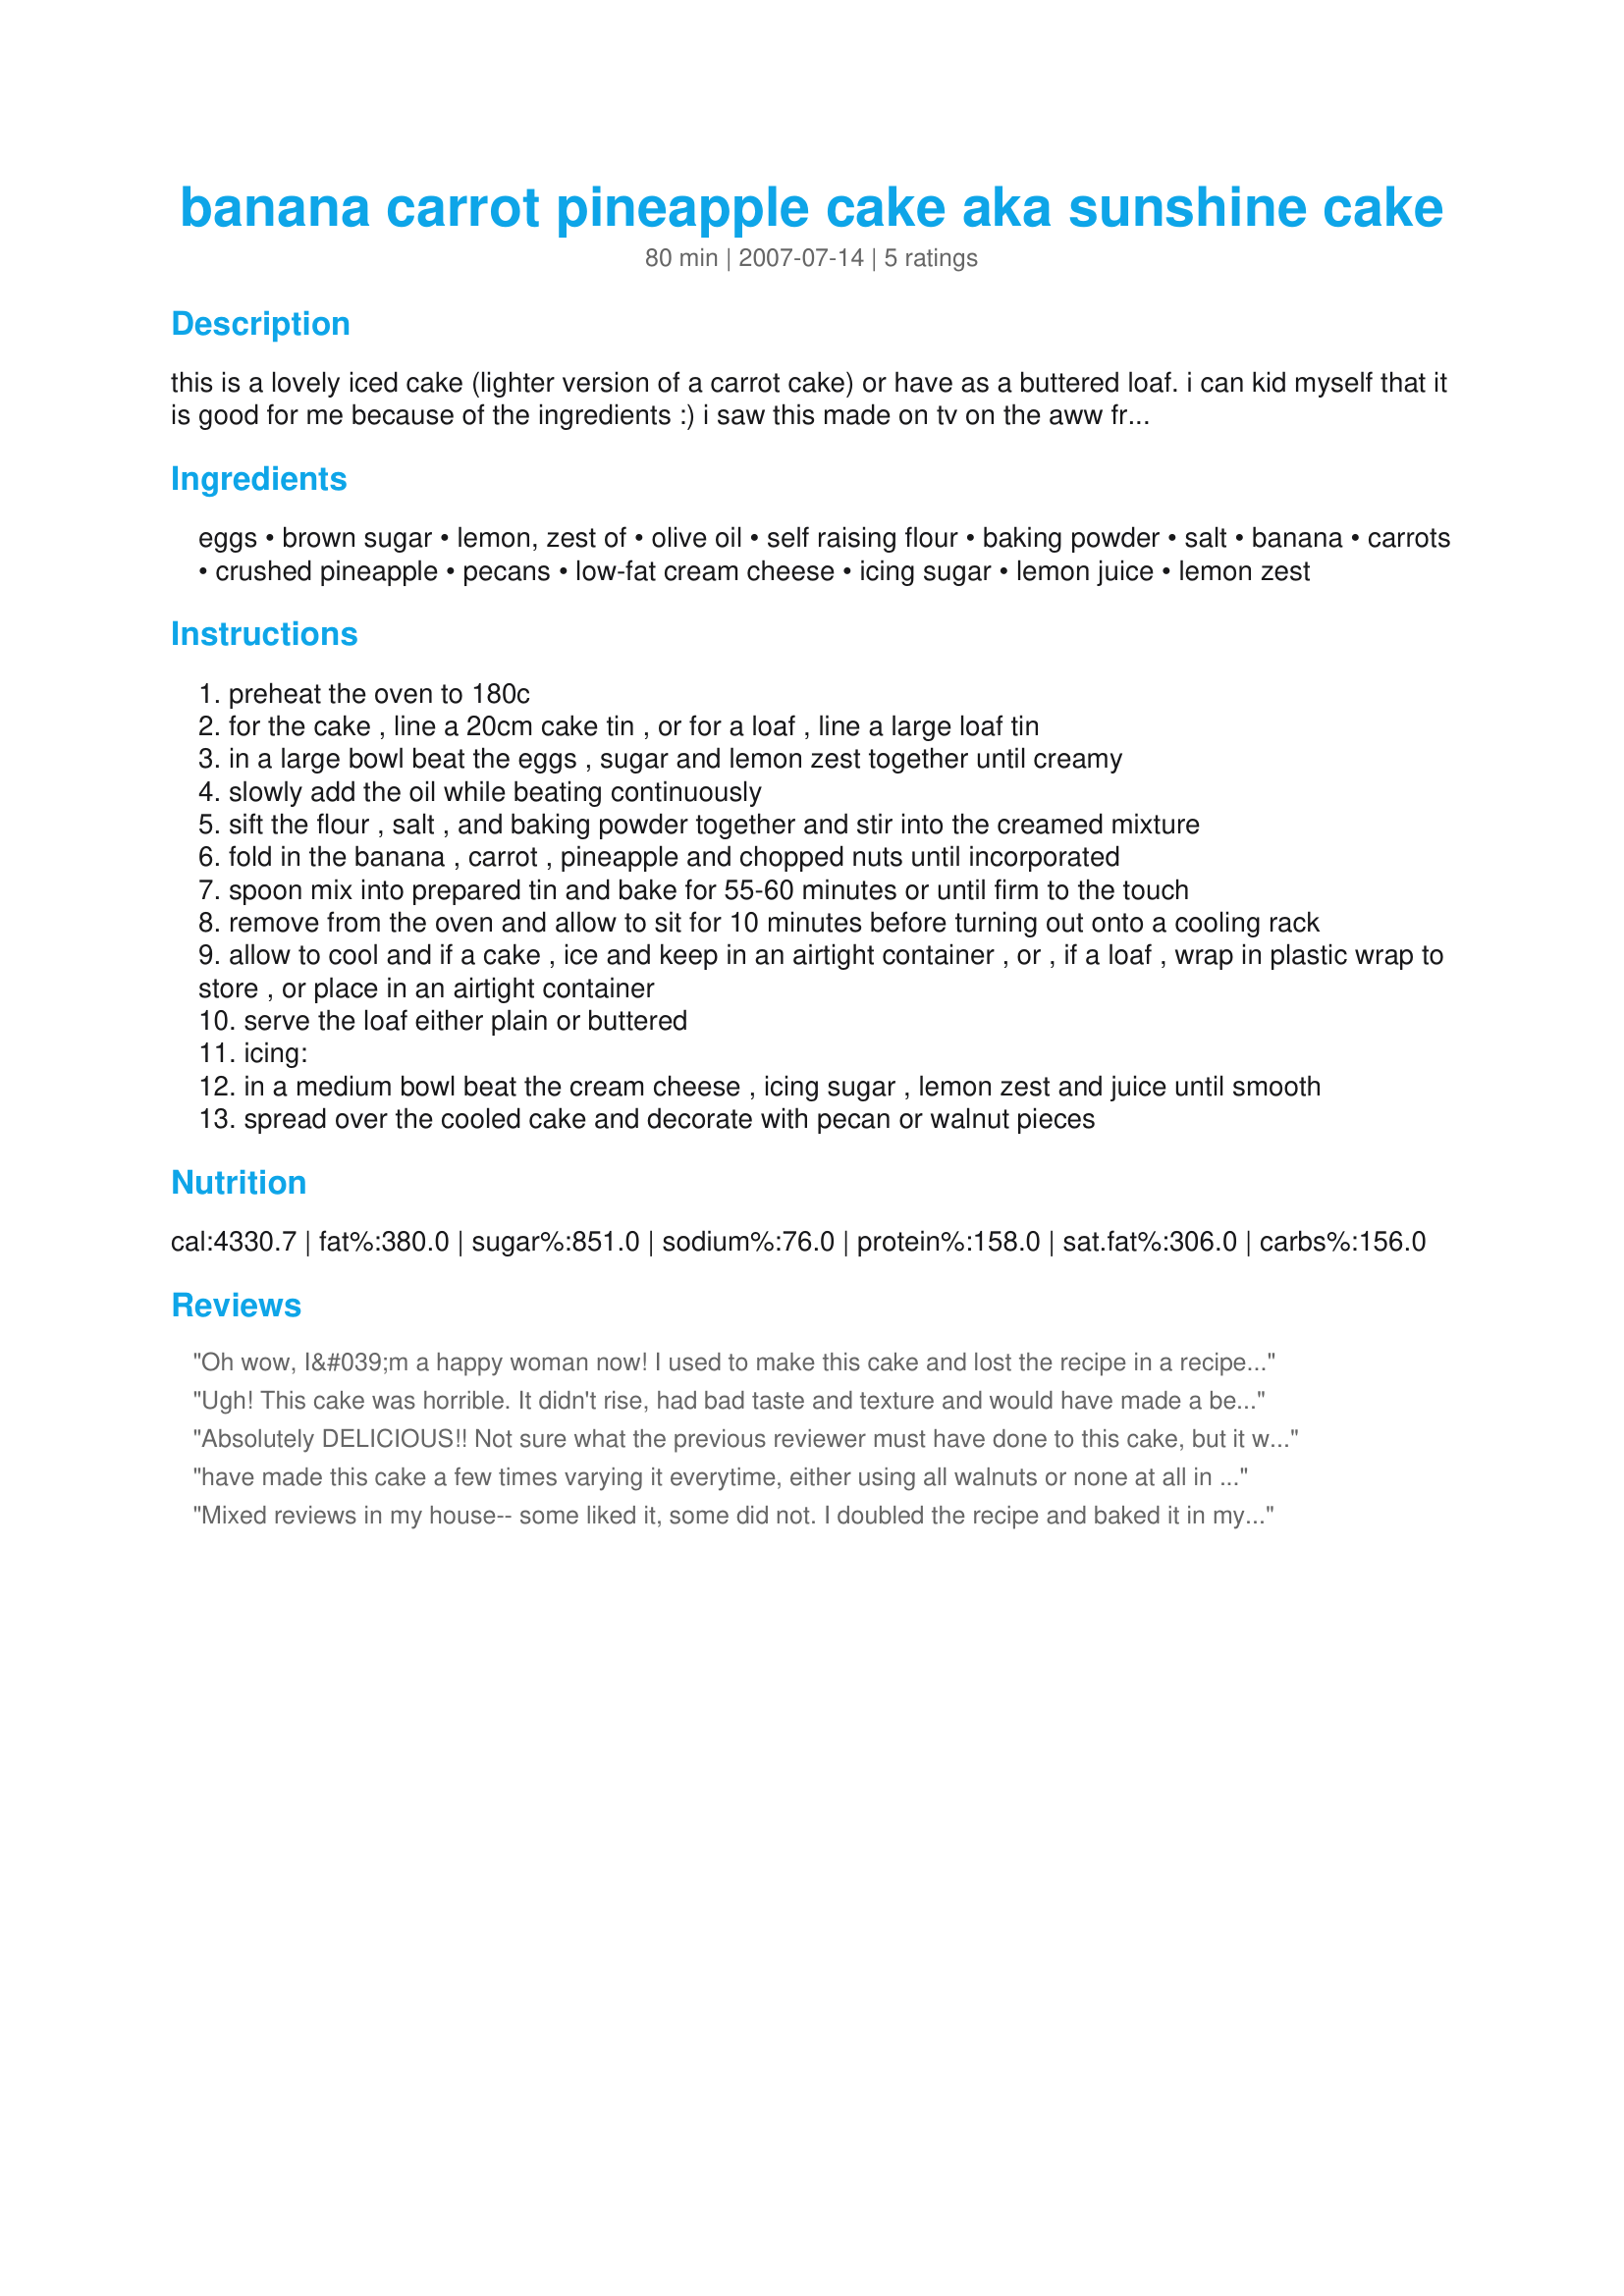
banana carrot pineapple cake aka sunshine cake
Preparation time: 80 minutes

this is a lovely iced cake (lighter version of a carrot cake) or have as a buttered loaf. i can kid myself that it is good for me because of the ingredients :)
i saw this made on tv on the aww fresh cooking site (i think) and had to try it. it was a bit of a hit & miss with the ingredient amounts but i think i have them right as this is what i made mine with. i find i like to get all ingredients prepared first as then it is much easier to mix it altogether. leave until cold before slicing)

Ingredients:
eggs, brown sugar, lemon, zest of, olive oil, self raising flour, baking powder, salt, banana, carrots, crushed pineapple, pecans, low-fat cream cheese, icing sugar, lemon juice, lemon zest

Steps:
preheat the oven to 180c
for the cake , line a 20cm cake tin , or for a loaf , line a large loaf tin
in a large bowl beat the eggs , sugar and lemon zest together until creamy
slowly add the oil while beating continuously
sift the flour , salt , and baking powder together and stir into the creamed mixture
fold in the banana , carrot , pineapple and chopped nuts until incorporated
spoon mix into prepared tin and bake for 55-60 minutes or until firm to the touch
remove from the oven and allow to sit for 10 minutes before turning out onto a cooling rack
allow to cool and if a cake , ice and keep in an airtight container , or , if a loaf , wrap in plastic wrap to store , or place in an airtight container
serve the loaf either plain or buttered
icing:
in a medium bowl beat the cream cheese , icing sugar , lemon zest and juice until smooth
spread over the cooled cake and decorate with pecan or walnut pieces

Reviews:
Oh wow, I&#039;m a happy woman now! I used to make this cake and lost the recipe in a recipe purge, (last time I do that!). The only difference is my recipe used raw sugar instead of the brown sugar. Thanks for putting the recipe up.
Ugh! This cake was horrible. It didn't rise, had bad taste and texture and would have made a better football for tossing. Unfortunately we served it for our daughter's 1 year old birthday party.
(The last time we will try a recipe that doesn't have previous reviews.)
Absolutely DELICIOUS!! Not sure what the previous reviewer must have done to this cake, but it was lovely and moist and gobbled up in about 5 mintues flat. Plenty of requests for the recipe too. Soooo easy to make, and the cream cheese icing just adds to the MMMMMMmmmmmm factor :) I'll definately be making this again soon. THANKS!
have made this cake a few times varying it everytime, either using all walnuts or none at all in cake except on top.used candied peel instead of lemon rind when i didn't have & have 0never used pineapple, just topped up banana & carrot quota. it's deeeeeeelicous! mostly it comes out very moist, i call it pudding-cake. this is a firm favourite, all who i've made it for have loved it but even if they didn't i'd still make it often & savour it alone one slice per day! THANKS!
Mixed reviews in my house-- some liked it, some did not. I doubled the recipe and baked it in my bundt pan-- it was perfect after 55 minutes. I did not use any nuts and I did not frost it. Personally, I think a slice warmed up with just a bit of butter spread on it is wonderful. ;)
